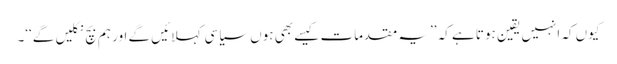
کیوں کہ انہیں یقین ہوتا ہے کہ ’’یہ مقدمات کیسے بھی ہوں سیاسی کہلائیں گے اور ہم بچ نکلیں گے‘‘۔